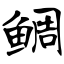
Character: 鲷